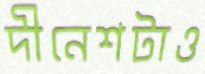
দীনেশটাও